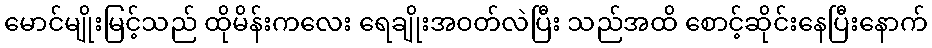
မောင်မျိုးမြင့်သည် ထိုမိန်းကလေး ရေချိုးအဝတ်လဲပြီး သည်အထိ စောင့်ဆိုင်းနေပြီးနောက်